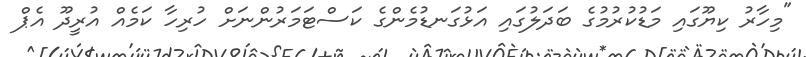
"މިހާރު ކިޔޫގައި މަޑުކުރުމުގެ ބަދަލުގައި އަޅުގަނޑުމެންގެ ކަސްޓަމަރުންނަށް ހުރިހާ ކަމެއް އުރީދޫ އެޕް